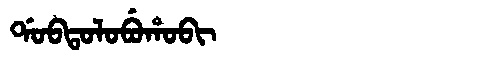
Manchu: ᡩᠣᠪᡨᠣᠯᠣᠪᡠᡥᠣᠪᡳ
Romanization: DOBTOLOBUHOBI